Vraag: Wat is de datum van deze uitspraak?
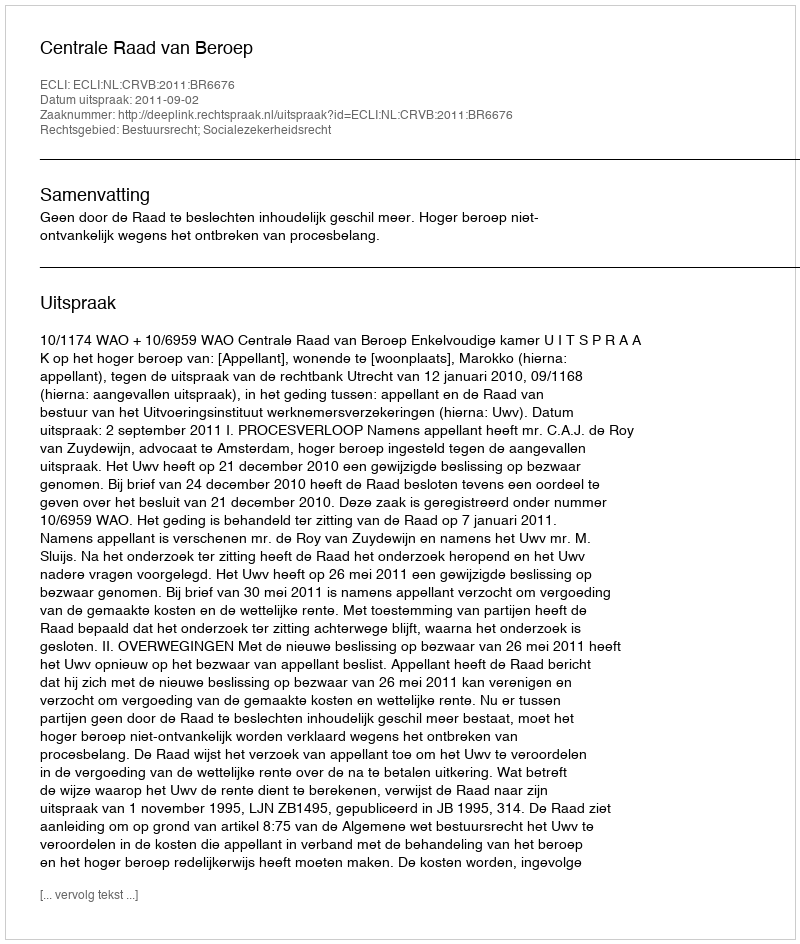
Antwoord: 2011-09-02